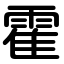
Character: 霍